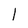
Character: 1